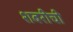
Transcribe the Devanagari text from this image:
शबरीची